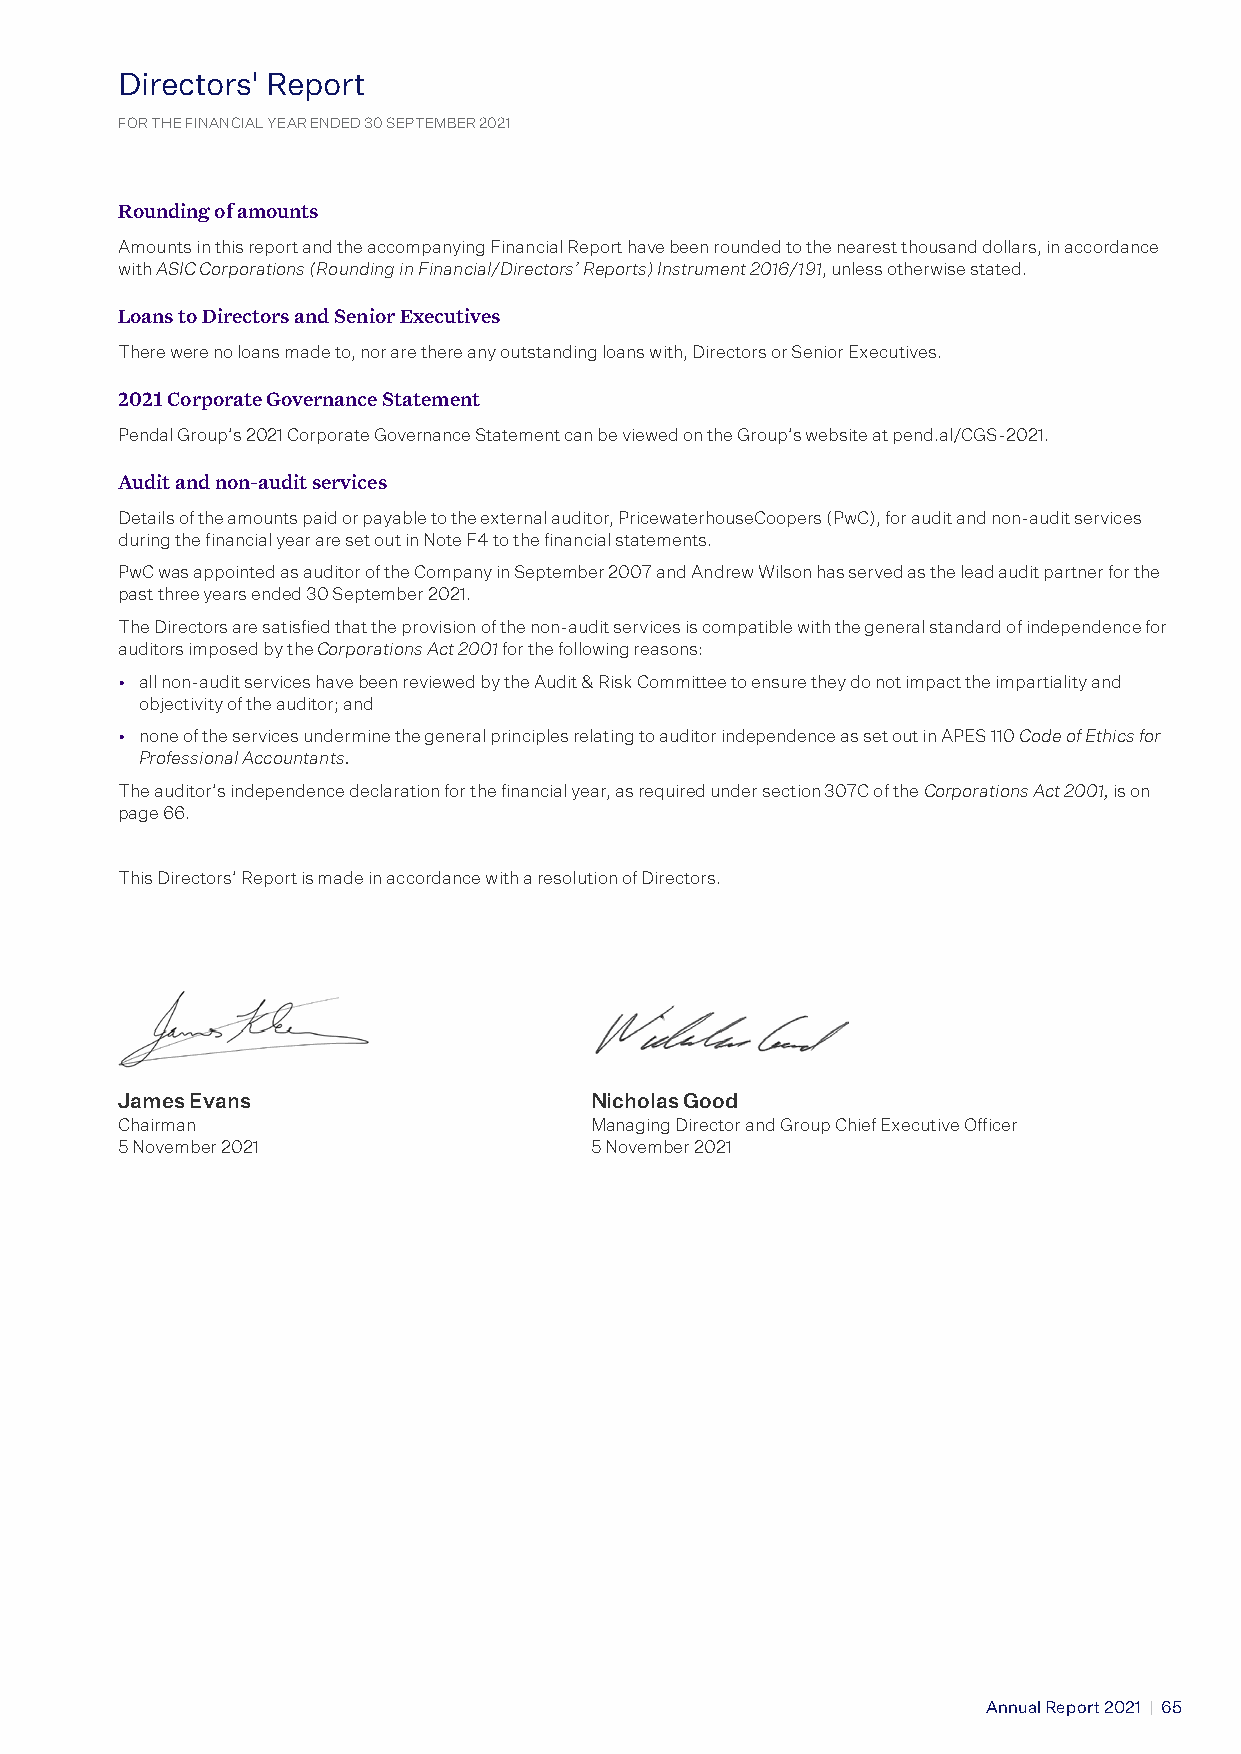
D irectors' Report
 Directors’ Report
 FOR THE FINANCIAL YEAR ENDED 30 SEPTEMBER 2021
 FOR THE FINANCIAL YEAR ENDED 30 SEPTEMBER 2021
 Rounding of amounts
 Amounts in this report and the accompanying Financial Report have been rounded to the nearest thousand dollars, in accordance
 with ASIC Corporations (Rounding in Financial/Directors’ Reports) Instrument 2016/191, unless otherwise stated.
 Loans to Directors and Senior Executives
 There were no loans made to, nor are there any outstanding loans with, Directors or Senior Executives.
 2021 Corporate Governance Statement
 Pendal Group’s 2021 Corporate Governance Statement can be viewed on the Group’s website at pend.al/CGS-2021.
 Audit and non-audit services
 Details of the amounts paid or payable to the external auditor, PricewaterhouseCoopers (PwC), for audit and non-audit services
 during the financial year are set out in Note F4 to the financial statements.
 PwC was appointed as auditor of the Company in September 2007 and Andrew Wilson has served as the lead audit partner for the
 past three years ended 30 September 2021.
 The Directors are satisfied that the provision of the non-audit services is compatible with the general standard of independence for
 auditors imposed by the Corporations Act 2001 for the following reasons:
 • all non-audit services have been reviewed by the Audit & Risk Committee to ensure they do not impact the impartiality and
 objectivity of the auditor; and
 • none of the services undermine the general principles relating to auditor independence as set out in APES 110 Code of Ethics for
 Professional Accountants.
 The auditor’s independence declaration for the financial year, as required under section 307C of the Corporations Act 2001, is on
 page 66.
 This Directors’ Report is made in accordance with a resolution of Directors.
 James Evans                    Nicholas Good
 Chairman                       Managing Director and Group Chief Executive Officer
 5 November 2021                5 November 2021
 Annual Report 2021 | 65